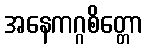
အနေကဂ္ဂစိတ္တော